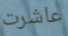
عاشرت